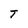
Character: T